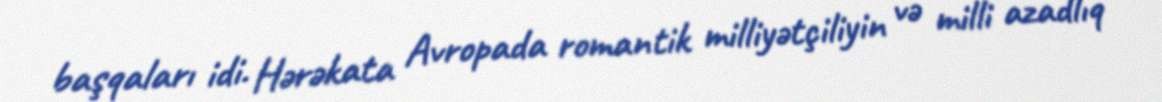
başqaları idi. Hərəkata Avropada romantik milliyətçiliyin və milli azadlıq